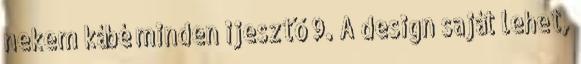
nekem kábé minden ijesztő 9. A design saját lehet,